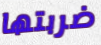
ضربتها